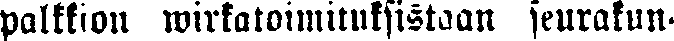
palkkion wirkatoimituksistaan seurakun-